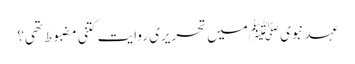
عہد نبوی ﷺمیں تحریری روایت کتنی مضبوط تھی؟